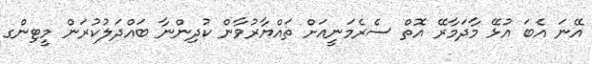
އޭނަ އެބަ އުޅޭ މާދަމާރޭ އޮތް ސެރެމަނީއަށް ތައްޔާރުވާން ކުދިންނާ ބައްދަލުކުރަން މީޓިންގ